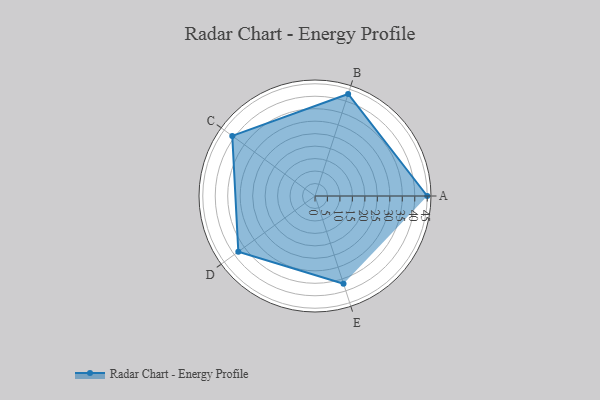
{"axis": {"x": "Skill", "y": "Score"}, "legend": ["Profile"], "data": [{"x": "A", "y": 45.0, "type": "Profile"}, {"x": "B", "y": 43.0, "type": "Profile"}, {"x": "C", "y": 41.0, "type": "Profile"}, {"x": "D", "y": 38.0, "type": "Profile"}, {"x": "E", "y": 37.0, "type": "Profile"}]}